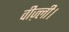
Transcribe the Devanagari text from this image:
वीज़्ली।